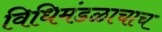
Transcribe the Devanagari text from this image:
विधिमंडळाचाच